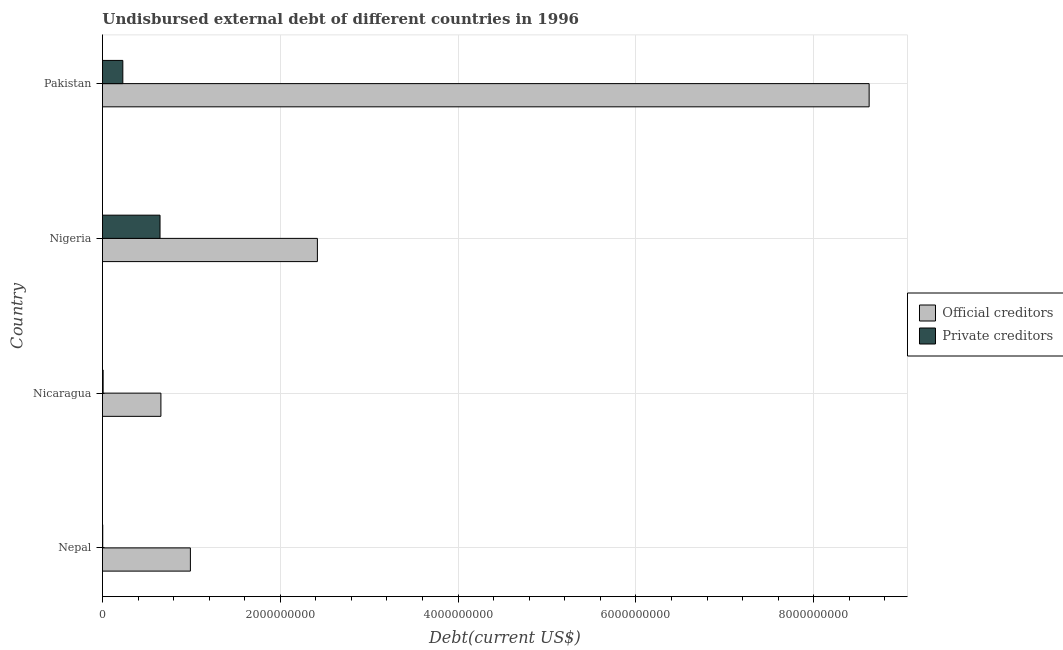
| Country | Official creditors | Private creditors |
 | --- | --- | --- |
 | Nepal | 9.89e+08 | 3.13e+06 |
 | Nicaragua | 6.57e+08 | 7.37e+06 |
 | Nigeria | 2.42e+09 | 6.48e+08 |
 | Pakistan | 8.62e+09 | 2.29e+08 |